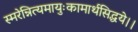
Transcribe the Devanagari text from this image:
स्मरेन्नित्यमायुःकामार्थसिद्धये।।